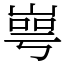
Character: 㟧